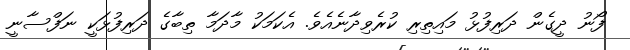
ފޯނު ދީގެން ދަރިފުޅު މައިތިރި ކުރެވިދާނެއެވެ. އެކަމަކު މާދަމާ ތިބާގެ ދަރިފުޅަކީ ނަފްސާނީ